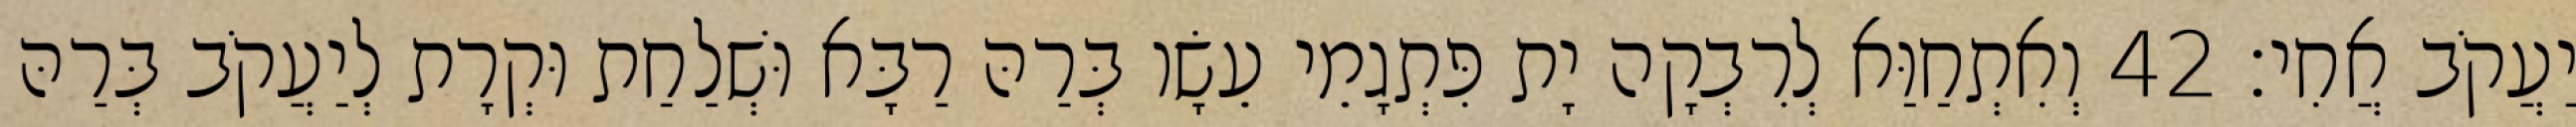
יַעֲקֹב אֲחִי׃ 42 וְאִתְחַוַּא לְרִבְקָה יָת פִּתְגָמֵי עֵשָׂו בְּרַהּ רַבָּא וּשְׁלַחַת וּקְרָת לְיַעֲקֹב בְּרַהּ